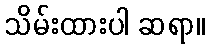
သိမ်းထားပါ ဆရာ။